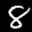
Label: 8